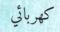
كهربائي